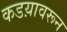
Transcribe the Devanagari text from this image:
कडय़ावरून